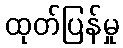
ထုတ်ပြန်မှု